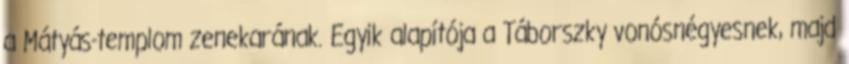
a Mátyás-templom zenekarának. Egyik alapítója a Táborszky vonósnégyesnek, majd